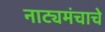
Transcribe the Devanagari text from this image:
नाट्यमंचाचे